Lunatic asylums in Bengal annual reports 1899-1911 - 1899-1911
Year: 1899
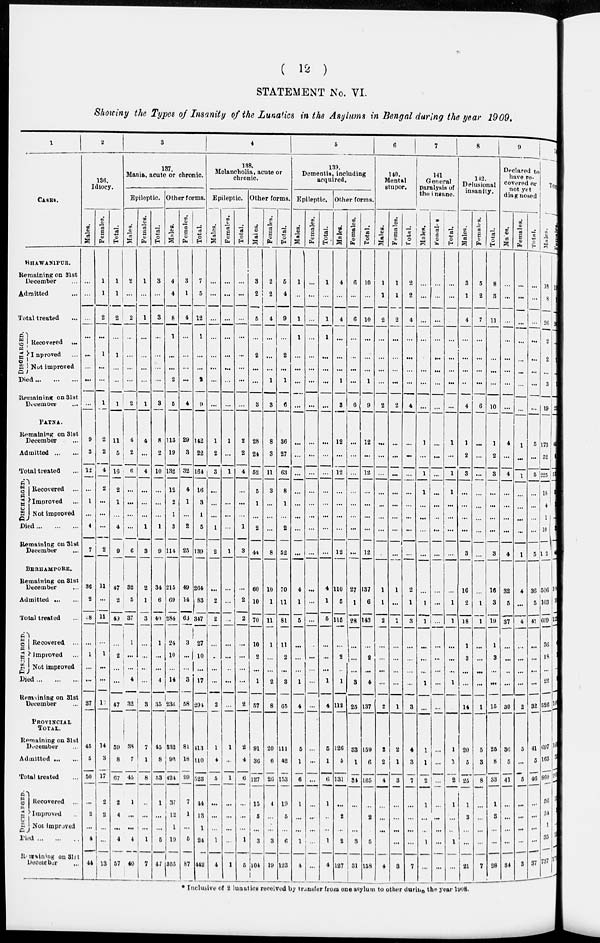
( 12 )
STATEMENT No. VI.
Showing the Types of Insanity of the Lunatics in the Asylums in Bengal during the year 1909.
1
CASES.
BHAWANIPUR.
Remaining on 31st
December ...
Admitted
Total treated
...
DISCHARGED.
Recovered ...
Improved
Not improved
Died
Remaining on 31st
December
PATNA.
Remaining on 31st
December
Admitted
Total treated
DISCHARGED.
Recovered ...
Improved
Not improved
Died ... ... ...
Remaining on 31st
December ...
BERHAMPORE.
Remaining on 31st
December ...
Admitted ... ...
Total treated ...
DISCHARGED.
Recovered ...
Improved ...
Not improved
Died ... ... ...
Remaining on 31st
December ...
PROVINCIAL
TOTAL.
Remaining on 31st
December ...
Admitted ... ...
Total treated ...
DISCHARGED.
Recovered ...
Improved ...
Not improved
Died ... ... ...
Remaining on 31st
December ...
2
136.
Idiocy.
Males.
...
...
...
...
...
...
...
...
9
3
12
...
1
...
4
7
36
2
38
...
1
...
...
37
45
5
50
...
2
...
4
44
Females.
1
1
2
...
1
...
...
1
2
2
4
2
...
...
...
2
11
...
11
...
1
...
...
10
14
3
17
2
2
...
...
13
Total.
1
1
2
...
1
...
...
1
11
5
16
2
1
...
4
9
47
2
43
...
2
...
...
47
59
8
67
2
4
...
4
57
3
137.
Mania, acute or chronic.
Epileptic.
Males.
2
...
2
...
...
...
...
2
4
2
6
...
...
...
...
6
32
5
37
1
...
...
4
32
38
7
45
1
...
...
4
40
Females.
1
...
1
...
...
...
...
1
4
...
4
...
...
...
1
3
2
1
3
...
...
...
...
3
7
1
8
...
...
...
1
7
Total.
3
...
3
...
...
...
...
3
8
2
10
...
...
...
1
9
34
6
40
1
...
...
4
35
45
8
53
1
...
...
5
41
Other forms.
Males.
4
4
8
1
...
...
2
5
113
19
132
12
2
1
3
114
215
69
284
24
10
...
14
236
332
92
424
37
12
1
19
355
Females.
3
1
4
...
...
...
...
4
29
3
32
4
1
...
2
25
49
14
63
3
...
...
3
58
81
18
99
7
1
...
5
87
Total.
7
5
12
1
...
...
2
9
142
22
164
16
3
1
5
139
264
83
347
27
10
...
17
294
413
110
523
44
13
1
24
442
4
138.
Melancholia, acute or
chronic.
Epileptic.
Males.
...
...
...
...
...
...
...
...
1
2
3
...
...
...
1
2
...
2
2
...
...
...
...
2
1
4
5
...
...
...
1
4
Females.
...
...
...
...
...
...
...
...
1
...
1
...
...
...
...
1
...
...
...
...
...
...
...
...
1
...
1
...
...
...
...
1
Total.
...
...
...
...
...
...
...
...
2
2
4
...
...
...
1
3
...
2
2
...
...
...
...
2
2
4
6
...
...
...
1
5
Other forms.
Males.
3
2
5
...
2
...
...
3
28
24
52
5
1
...
2
44
60
10
70
10
2
...
1
57
91
36
127
15
5
...
3
104
Females.
2
2
4
...
...
...
1
3
8
3
11
3
...
...
...
8
10
1
11
1
...
...
2
8
20
6
26
4
...
...
3
19
Total.
5
4
9
...
2
...
1
6
36
27
63
8
1
...
2
52
70
11
81
11
2
...
3
65
111
42
153
19
5
...
6
123
5
139.
Dementia, including
acquired.
Epileptic.
Males.
1
...
1
1
...
...
...
...
...
...
...
...
...
...
...
...
4
1
5
...
...
...
1
4
5
1
6
1
...
...
1
4
Females.
...
...
...
...
...
...
...
...
...
...
...
...
...
...
...
...
...
...
...
...
...
...
...
...
...
...
...
...
...
...
...
...
Total.
1
...
1
1
...
...
...
...
...
...
...
...
...
...
...
...
4
1
5
...
...
...
1
4
5
1
6
1
...
...
1
4
Other forms.
Males.
4
...
4
...
...
...
1
3
12
...
12
...
...
...
...
12
110
5
115
...
2
...
1
112
126
5
131
...
2
...
2
127
Females.
6
...
6
...
...
...
...
6
...
...
...
...
...
...
...
...
27
1
28
...
...
...
3
25
33
1
34
...
...
...
3
31
Total.
10
...
10
...
...
...
1
9
12
...
12
...
...
...
...
12
137
6
143
...
2
...
4
137
159
6
165
...
2
...
5
158
6
140.
Mental
stupor.
Males.
1
1
2
...
...
...
...
2
...
...
...
...
...
...
...
...
1
1
2
...
...
...
...
2
2
2
4
...
...
...
...
4
Females.
1
1
2
...
...
...
...
2
...
...
...
...
...
...
...
...
1
...
1
...
...
...
...
1
2
1
3
...
...
...
...
3
Total.
2
2
4
...
...
...
...
4
...
...
...
...
...
...
...
...
2
1
3
...
...
...
...
3
4
3
7
...
...
...
...
7
7
141
General
paralysis of
the insane.
Males.
...
...
...
...
...
...
...
...
1
...
1
1
...
...
...
...
...
1
1
...
...
...
1
...
1
1
2
1
...
...
1
...
Females.
...
...
...
...
...
...
...
...
...
...
...
...
...
...
...
...
...
...
...
...
...
...
...
...
...
...
...
...
...
...
...
...
Total.
...
...
...
...
...
...
...
...
1
...
1
1
...
...
...
...
...
1
1
...
...
...
1
...
1
1
2
1
...
...
1
...
8
142.
Delusional
insanity.
Males.
3
1
4
...
...
...
...
4
1
2
3
...
...
...
...
3
16
2
18
1
3
...
...
14
20
5
25
1
3
...
...
21
Females.
5
2
7
...
...
...
...
6
...
...
...
...
...
...
...
...
...
1
1
...
...
...
...
1
5
3
8
...
...
...
...
7
Total.
8
3
11
...
...
...
...
10
1
2
3
...
...
...
...
3
16
3
19
1
3
...
...
15
25
8
33
1
3
...
...
28
9
Declared to
have re-
covered or
not yet
diagnosed
Males.
...
...
...
...
...
...
...
...
4
...
4
...
...
...
...
4
32
5
37
...
...
...
...
30
36
5
41
...
...
...
...
34
Females.
1
...
...
...
...
...
...
...
...
1
...
1
...
...
...
...
1
4
...
4
...
...
...
...
2
5
...
5
...
...
...
...
3
Total.
...
...
...
...
...
...
...
...
5
...
5
...
...
...
...
5
36
5
41
...
...
...
...
32
41
5
46
...
...
...
...
37
10
Total.
Males.
18
8
26
2
2
...
3
19
173
52
225
18
4
1
10
12
506
103
609
36
18
...
22
526
697
163
860
56
24
1
...
737
Females.
19
7
26
...
1
...
1
2
45
8
53
9
1
...
3
49
104
18
12
4
1
...
8
10
168
3
. 20
13
3
1
...
171
* Inclusive of 2 lunatics received by transfer from one asylum to other during the year 1908.